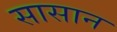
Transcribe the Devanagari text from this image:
सासान